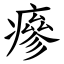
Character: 瘮